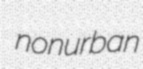
nonurban